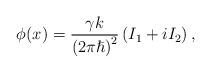
LaTeX: \begin{align*}\phi(x)=\frac{\gamma{}k}{{\left(2\pi{}\hslash{}\right)}^2}\left(I_1+iI_2\right),\end{align*}